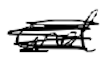
Text: and
Cross-out: scratch
Writing tool: digital_black